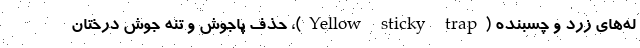
له‌های زرد و چسبنده (Yellow sticky trap)، حذف پاجوش و تنه جوش درختان